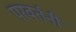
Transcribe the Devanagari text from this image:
परवर्तनी